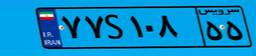
۷۷S۱۰۸۵۵